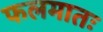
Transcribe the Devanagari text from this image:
फलमातः